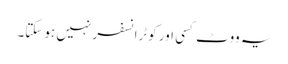
یہ ووٹ کسی اور کوٹرانسفر نہیں ہو سکتا۔